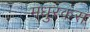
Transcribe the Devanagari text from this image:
मधुरकंस